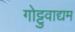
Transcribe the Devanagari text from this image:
गोट्टुवाद्यम